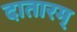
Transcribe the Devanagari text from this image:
दातारम्